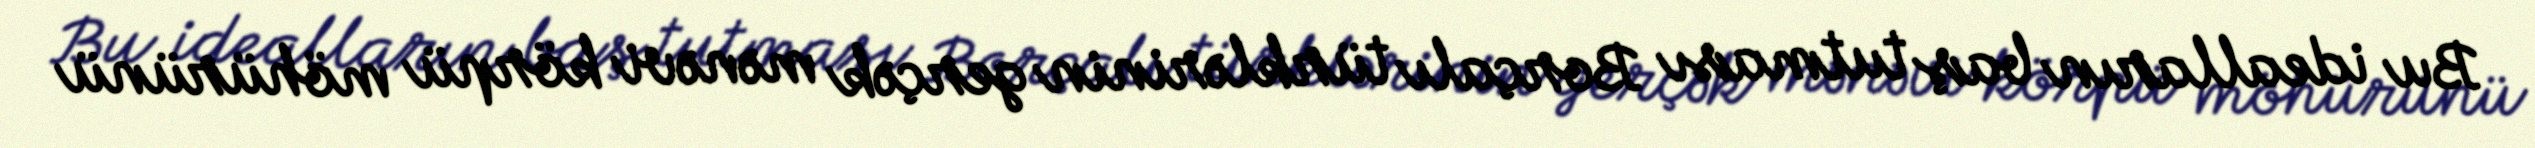
Bu idealların baş tutması Borçalı türklərinin gerçək mənəvi körpü möhürünü